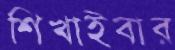
শিখাইবার